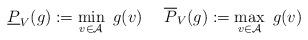
LaTeX: \begin{align*}\underline P_V(g):=\min_{v\in\mathcal{A}}~g(v)~~~~\overline P_V(g):=\max_{v\in\mathcal{A}}~g(v)\end{align*}